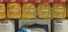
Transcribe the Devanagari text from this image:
टस्केन